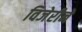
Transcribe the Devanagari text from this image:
विजेरीने